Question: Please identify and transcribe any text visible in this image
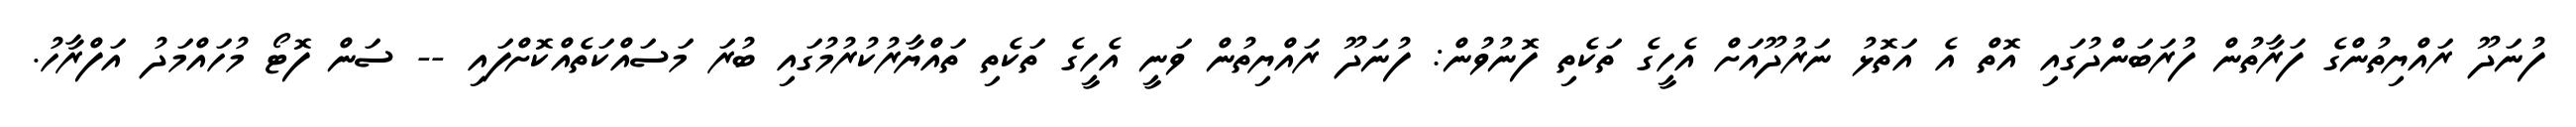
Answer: ފުނަދޫ ރައްޔިތުންގެ ފަރާތުން ފުރަބަންދުގައި އޮތް އެ އަތޮޅު ނަރުދޫއަށް އެހީގެ ތަކެތި ފޮނުވުން: ފުނަދޫ ރައްޔިތުން ވަނީ އެހީގެ ތަކެތި ތައްޔާރުކުރުމުގައި ބުރަ މަސައްކަތެއްކޮށްފައި -- ސަން ފޮޓޯ މުހައްމަދު އަފްރާހު.